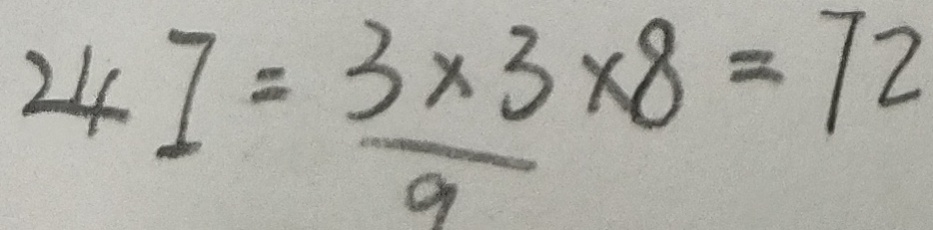
2 4 I = \frac { 3 \times 3 } { 9 } \times 8 = 7 2